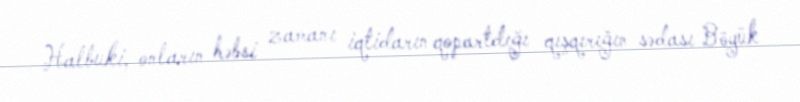
Halbuki, onların həbsi zamanı iqtidarın qopartdığı qışqırığın sədası Böyük